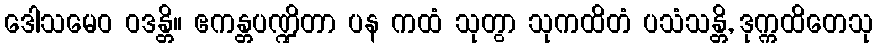
ဒေါသမေဝ ဝဒန္တိ။ ဧကန္တပဏ္ဍိတာ ပန ကထံ သုတွာ သုကထိတံ ပသံသန္တိ, ဒုက္ကထိတေသု